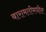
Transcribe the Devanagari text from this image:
बारामतीमधील